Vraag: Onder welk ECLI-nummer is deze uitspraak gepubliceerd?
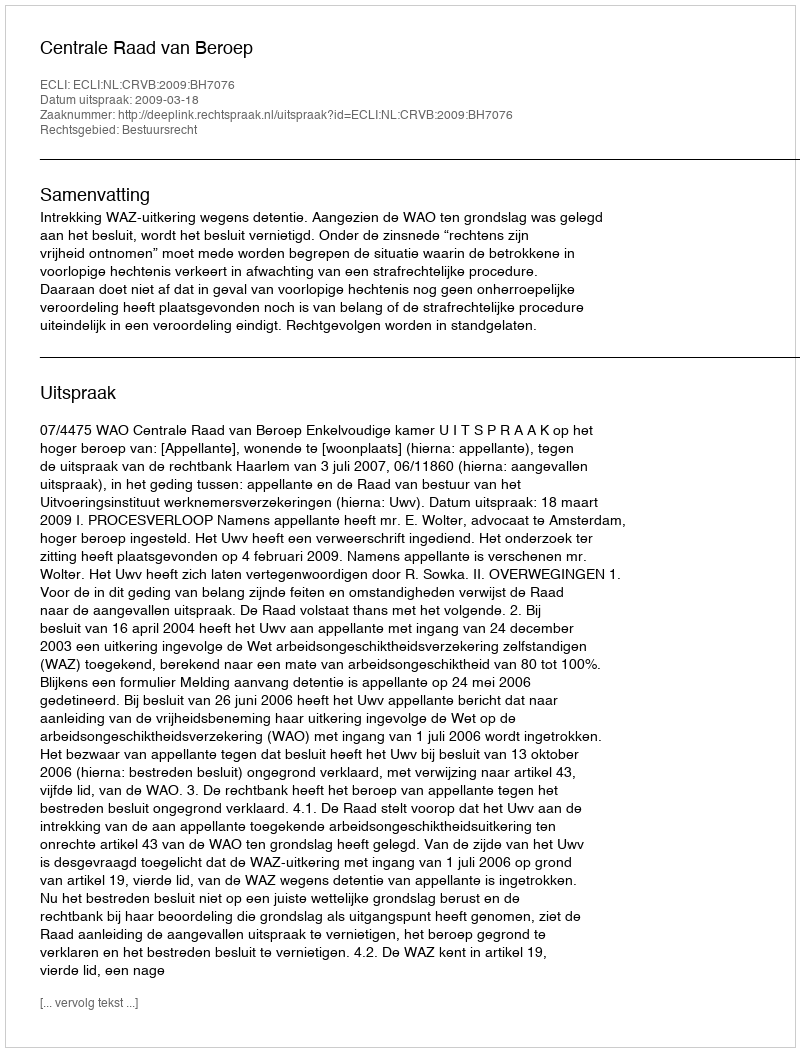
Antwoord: ECLI:NL:CRVB:2009:BH7076